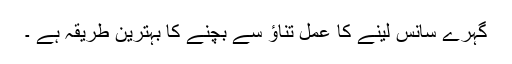
گہرے سانس لینے کا عمل تناؤ سے بچنے کا بہترین طریقہ ہے ۔